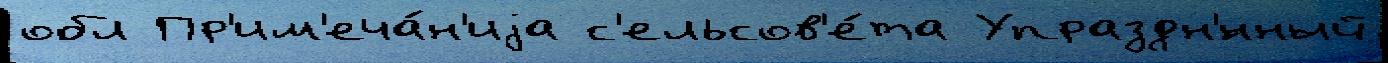
обл Пр'им'еча́н'иjа с'ельсов'е́та Упраздн'́нный